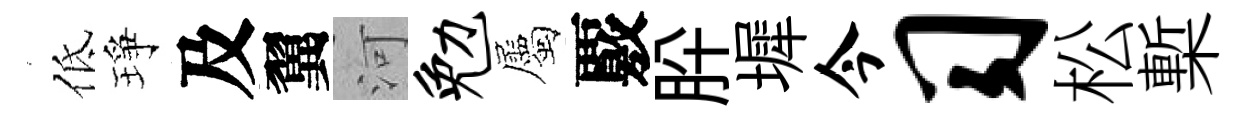
低琤及翼河勉屬覈肸墀今习松槧